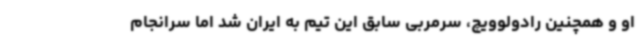
او و همچنین رادولوویچ، سرمربی سابق این تیم به ایران شد اما سرانجام